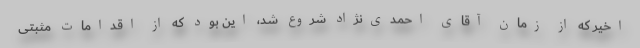
اخیر که از زمان آقای احمدی‌نژاد شروع شد، این بود که از اقدامات مثبتی